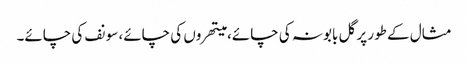
مثال کے طور پر گل بابونہ کی چائے، میتھروں کی چائے، سونف کی چائے۔